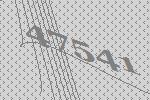
47541